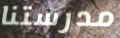
مدرستنا